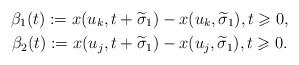
LaTeX: \begin{gather*}\beta_1(t):=x(u_k,t+\widetilde{\sigma}_1)-x(u_k,\widetilde{\sigma}_1),t\geqslant 0,\\\beta_2(t):=x(u_j,t+\widetilde{\sigma}_1)-x(u_j,\widetilde{\sigma}_1),t\geqslant 0.\end{gather*}